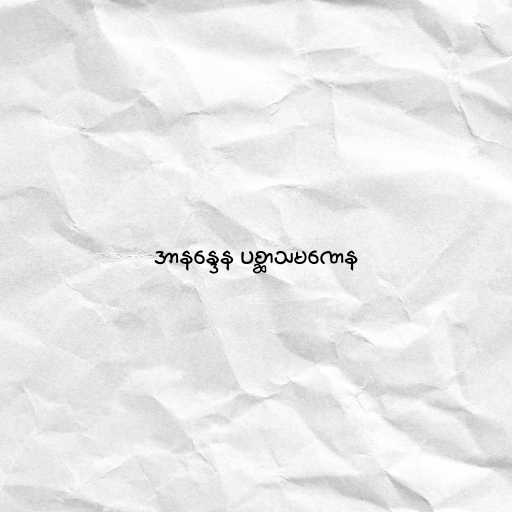
အာနန္ဒေန ပစ္ဆာသမဏေန